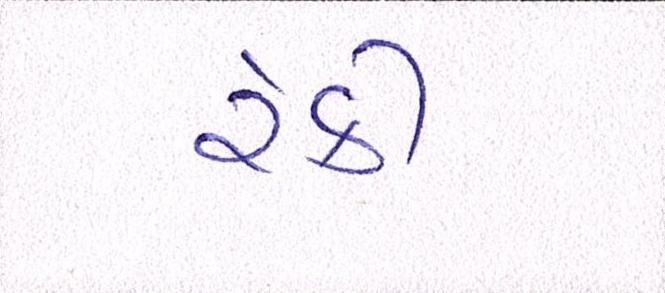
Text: રેકી